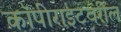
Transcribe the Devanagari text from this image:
कॉपीराइटवरील